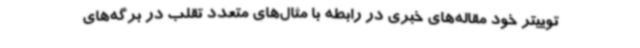
توییتر خود مقاله‌های خبری در رابطه با مثال‌های متعدد تقلب در برگه‌های